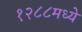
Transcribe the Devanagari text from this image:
१२८८मध्ये